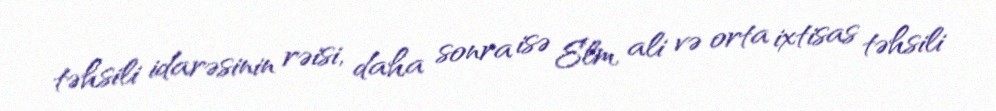
təhsili idarəsinin rəisi, daha sonra isə Elm, ali və orta ixtisas təhsili